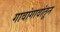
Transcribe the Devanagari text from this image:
गावांगावांतून